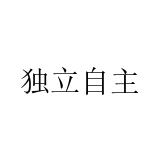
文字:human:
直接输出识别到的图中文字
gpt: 独立自主